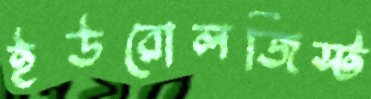
ইউরোলজিস্ট